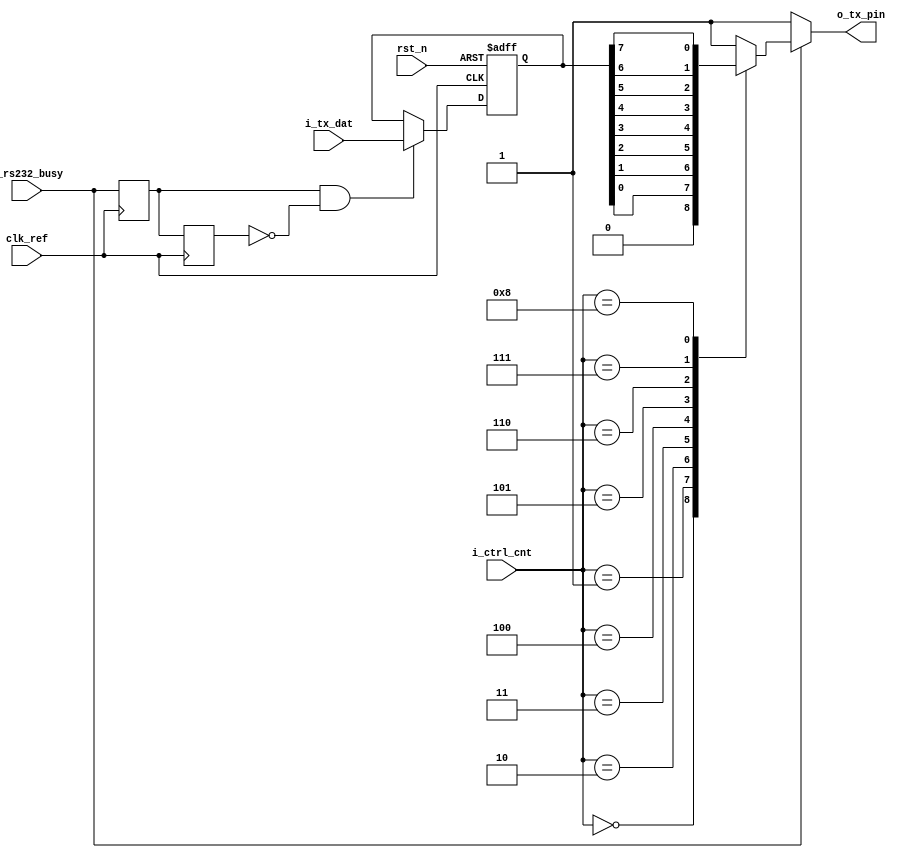

// tx

module rs232_tx_dat(
  input                 clk_ref            ,
  input                 rst_n              ,
  input                 i_rs232_busy       ,
  input         [ 7:0]  i_tx_dat           ,
  output  wire          o_tx_pin           ,
  input         [ 3:0]  i_ctrl_cnt         
   
);

reg         tx_pin;
assign      o_tx_pin   =  tx_pin;

reg      [ 7:0]     tx_dat;

reg         rs232_busy_t;
reg         rs232_busy_tt;
wire        rs232_busy_pro;
always@(posedge clk_ref )begin
       rs232_busy_t  <= i_rs232_busy;
       rs232_busy_tt <= rs232_busy_t;
      
end
assign rs232_busy_pro = rs232_busy_t & ~rs232_busy_tt;

always@(posedge clk_ref or negedge rst_n)begin
       if(!rst_n)begin
            tx_dat <= 'd0;
       end
       else if(rs232_busy_pro == 1'b1)
            tx_dat <= i_tx_dat;
end

always@(*)begin
    if(i_rs232_busy == 1'b1)begin
       case(i_ctrl_cnt) 
       //start
           'd0: tx_pin <=  1'b0;
       //data_low4    
           'd1: tx_pin <=  tx_dat[0];
           'd2: tx_pin <=  tx_dat[1];
           'd3: tx_pin <=  tx_dat[2];
           'd4: tx_pin <=  tx_dat[3];
       //data_high4    
           'd5: tx_pin <=  tx_dat[4];
           'd6: tx_pin <=  tx_dat[5];
           'd7: tx_pin <=  tx_dat[6];
           'd8: tx_pin <=  tx_dat[7];
       //stop    
           'd9: tx_pin <=  1'b1;
           default: tx_pin <= 1'b1;
       endcase
    end
    else 
        tx_pin <= 1'b1;  
end

endmodule